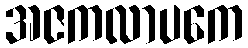
အဇကလာပကေ